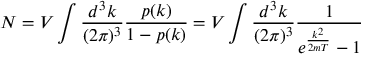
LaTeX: \, N = V \int { \frac { d ^ { 3 } k } { ( 2 \pi ) ^ { 3 } } } { \frac { p ( k ) } { 1 - p ( k ) } } = V \int { \frac { d ^ { 3 } k } { ( 2 \pi ) ^ { 3 } } } { \frac { 1 } { e ^ { \frac { k ^ { 2 } } { 2 m T } } - 1 } }